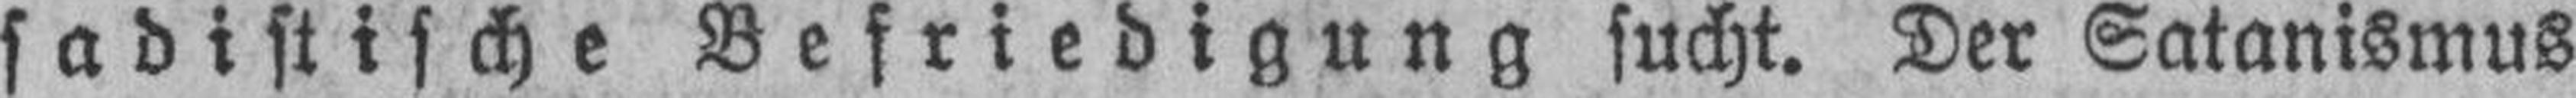
sadistische Befriedigung sucht. Der Satanismus